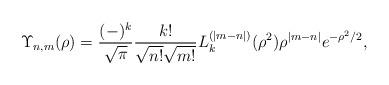
LaTeX: \begin{align*}\Upsilon_{n,m}(\rho) = \frac{(-)^k}{\sqrt{\pi}}\frac{k!}{\sqrt{n!}\sqrt{m!}}L_k^{(|m-n|)}(\rho^2)\rho^{|m-n|}e^{-\rho^2/2},\end{align*}